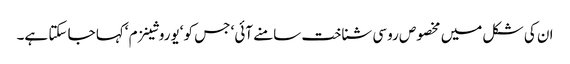
ان کی شکل میں مخصوص روسی شناخت سامنے آئی‘ جس کو ‘یوروشینزم ‘کہا جا سکتا ہے۔